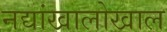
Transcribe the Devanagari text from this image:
नद्यांखालोखाल